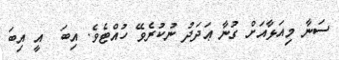
ސަނާ މިއަޅާއަށް ގުނާ ޢަދަދު ނުކުރެވޭ ހުއްޓެވެ. އިބަ  އީ އިބަ